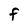
Character: f